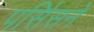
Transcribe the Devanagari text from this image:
पर्सिसने